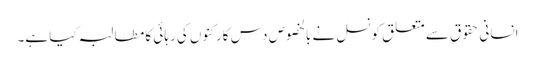
انسانی حقوق سے متعلق کونسل نے بالخصوص دس کارکنوں کی رہائی کا مطالبہ کیا ہے۔